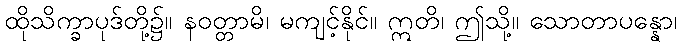
ထိုသိက္ခာပုဒ်တို့၌။ နဝတ္တာမိ၊ မကျင့်နိုင်။ ဣတိ၊ ဤသို့။ သောတာပန္နော၊